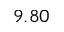
9 . 8 0